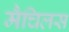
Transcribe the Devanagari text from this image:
मैचिलस